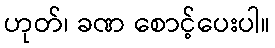
ဟုတ်၊ ခဏ စောင့်ပေးပါ။